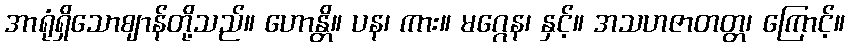
အာရုံရှိသောဈာန်တို့သည်။ ဟောန္တိ။ ပန၊ ကား။ မဂ္ဂေန၊ နှင့်။ အသဟဇာတတ္တ၊ ကြောင့်။